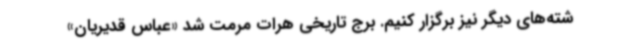
شته‌های دیگر نیز برگزار کنیم. برج تاریخی هرات مرمت شد «عباس قدیریان»